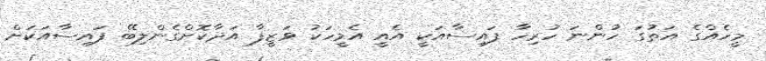
މީހެއްގެ އަތުގަ ހުންނަ ހުރިހާ ފައިސާއަކީ އެއީ އެމީހަކު ވަޒީފާ އަދާކޮށްގެންލިބޭ ފައިސާއަކަށް